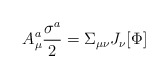
\begin{align*}A_\mu^a \frac{\sigma^a}{2} = \Sigma_{\mu \nu}J_\nu[\Phi] \end{align*}